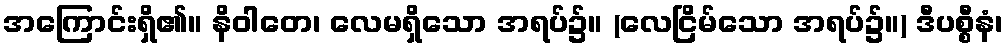
အကြောင်းရှိ၏။ နိဝါတေ၊ လေမရှိသော အရပ်၌။ (လေငြိမ်သော အရပ်၌။) ဒီပစ္စီနံ၊